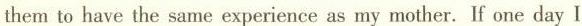
themto have the same experience as my mother. If one day I